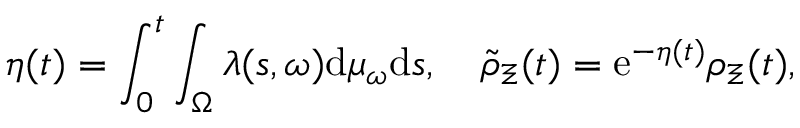
\eta ( t ) = \int _ { 0 } ^ { t } \int _ { \Omega } \lambda ( s , \omega ) \mathrm { d } \mu _ { \omega } \mathrm { d } s , \quad \widetilde { { \rho } } _ { \Xi } ( t ) = \mathrm { e } ^ { - \eta ( t ) } { \rho } _ { \Xi } ( t ) ,